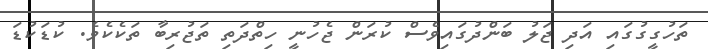
ތަހުގީގުގައި އަދި ޖަލު ބަންދުގައިވެސް ކުރަން ޖެހުނީ ހިތްދަތި ތަޖުރިބާ ތަކެކެވެ. ކުޑަކުޑަ